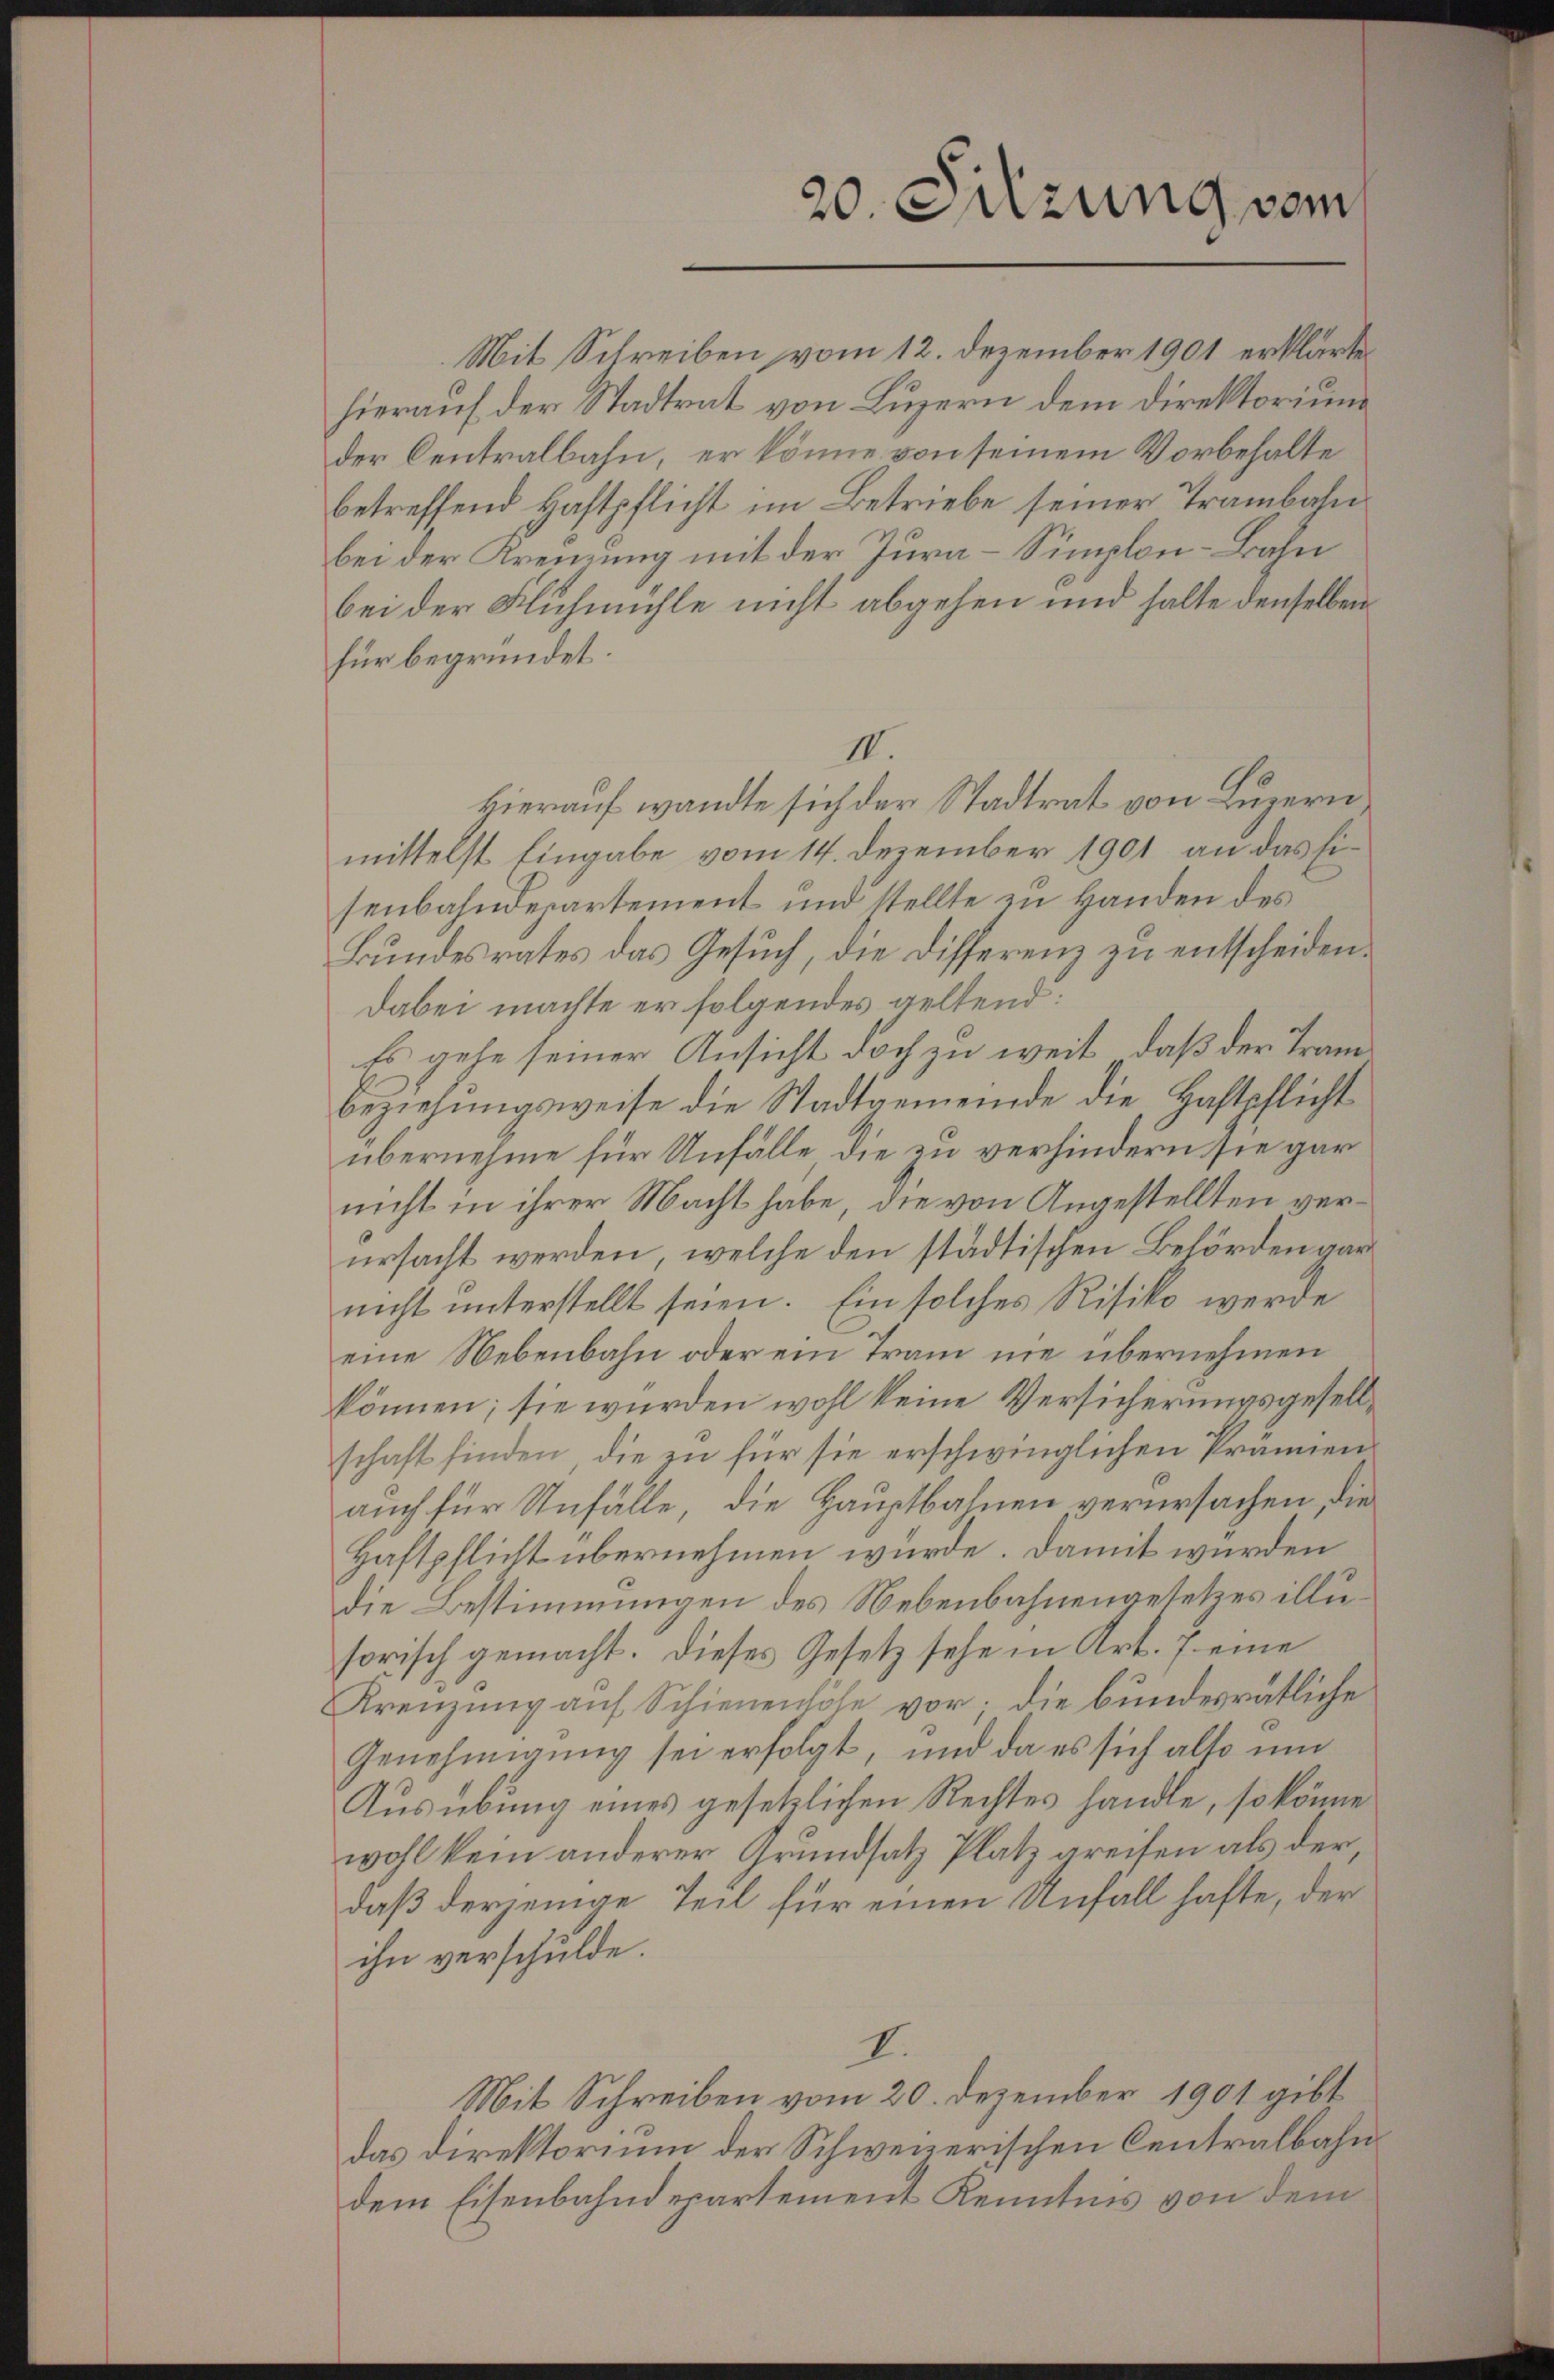
20. Sitzung vom

Mit Schreiben vom 12. Dezember 1901 erklärte
hierauf der Stadtrat von Luzern dem Direktorium
der Centralbahn, er könne von seinem Vorbehalte
betreffend Haftpflicht im Betriebe seiner Trambahn
bei der Kreizung mit der Jura-Simplon-Bahn
bei der Fluhmühle nicht abgehen und halte denselben
für begründet.
II.
Hierauf wandte sich der Stadtrat von Luzern,
mittelst Eingabe vom 14. Dezember 1901 an das Eisenbahndepartement und stellte zu Handen des
Bundesrates das Gesuch, die Differenz zu entscheiden.
dabei machte er folgendes geltend:
Es gehe seiner Ansicht doch zu weit, daß der Tram
beziehŭngsweise die Stadtgemeinde die Haftpflicht
übernehme für Unfälle die zu verhindern sie gar
nicht in ihrer Macht habe, die von Angestellten verursacht werden, welche den städtischen Behörden gar
nicht unterstellt seien. Ein solches Risiko werde
eine Nebenbahn oder ein Tram nie übernehmen
können; sie wurden wohl keine Versicherungsgesellschaft finden, die zu für sie erschwinglichen Prämien
auch für Unfälle, die Hauptbahnen verursachen, die
Haftpflicht übernehmen würde. Damit wurden
die Bestimmungen des Nebenbahnengesetzes illusorisch gemacht. Dieses Gesetz sehe in Art. 7 eine
Krenzung auf Schienenhöhe vor; die bundesrätliche
Genehmigung sei erfolgt, und da es sich also un
Ausübung eines gesetzlichen Rechtes handle, so könne
wohl kein anderer Grundsatz Platz greifen als der
daß derjenige Teil für einen Unfall hafte, der
ihn verschulde.
I.
Mit Schreiben vom 20. Dezember 1901 gibt
das Direktorium der Schweizerischen Centralbahn
dem Eisenbahndepartement Kenntnis von dem